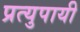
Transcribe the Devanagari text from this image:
प्रत्युपायी